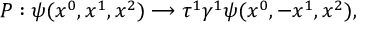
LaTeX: P : \psi ( x ^ { 0 } , x ^ { 1 } , x ^ { 2 } ) \longrightarrow \tau ^ { 1 } \gamma ^ { 1 } \psi ( x ^ { 0 } , - x ^ { 1 } , x ^ { 2 } ) ,